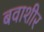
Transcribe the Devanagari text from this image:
बवाशीर